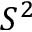
S ^ { 2 }